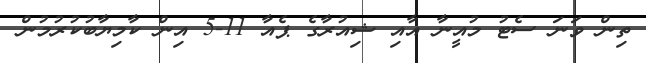
ތިން ވަނަ ސެޓު މުއީނާ އާއި ޝިއުރާގެ ޕެއާ 11-5 އިން ކާމިޔާބުކުރުމުން